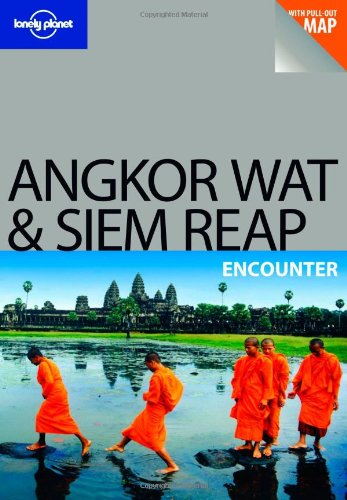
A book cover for Lonely Planet Angkor Wat & Siem Reap Encounter; Nick Ray; Travel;